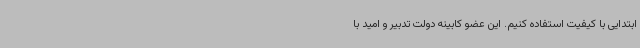
ابتدایی با کیفیت استفاده کنیم. این عضو کابینه دولت تدبیر و امید با